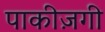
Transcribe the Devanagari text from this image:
पाकीज़गी